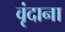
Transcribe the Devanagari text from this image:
वृंदाना